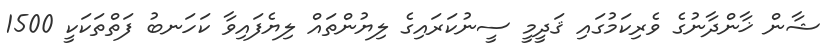
ޝާން ޚާންދާނުގެ ވެރިކަމުގައި ޤަދީމީ ސީނުކަރައިގެ ލިޔުންތައް ލިޔެފައިވާ ކަހަނބު ފަތްތަކަކީ 1500